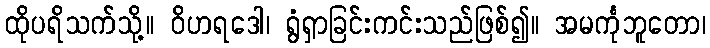
ထိုပရိသက်သို့။ ဝိဟရဒေါ၊ ရွံရှာခြင်းကင်းသည်ဖြစ်၍။ အမင်္ကုဘူတော၊